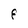
Character: F